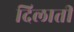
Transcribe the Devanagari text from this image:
दिलातीं